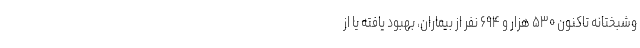
وشبختانه تاکنون ۵۳۰ هزار و ۶۹۴ نفر از بیماران، بهبود یافته یا از